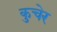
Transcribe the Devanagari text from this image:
कुचेर